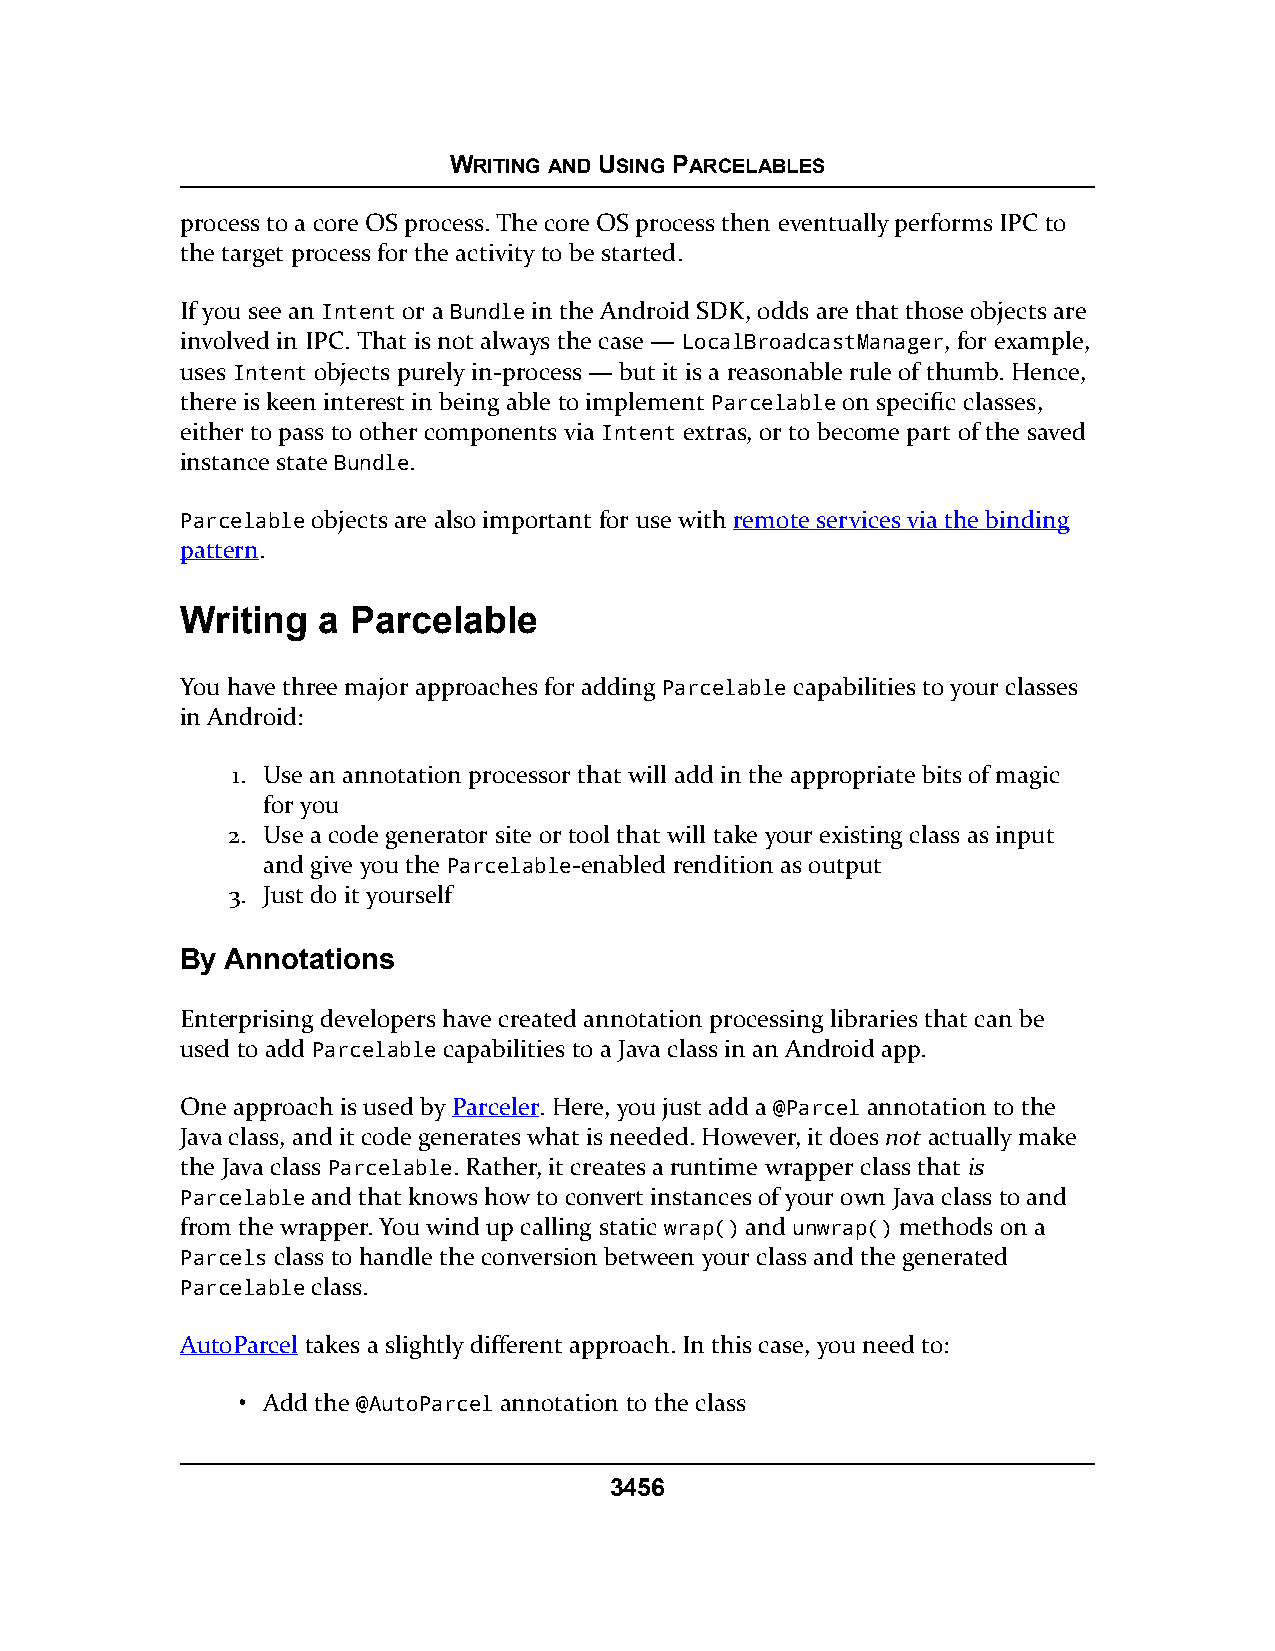
WRITING AND USING PARCELABLES
 process to a core OS process. The core OS process then eventually performs IPC to
 the target process for the activity to be started.
 If you see an Intent or a Bundle in the Android SDK, odds are that those objects are
 involved in IPC. That is not always the case — LocalBroadcastManager, for example,
 uses Intent objects purely in-process — but it is a reasonable rule of thumb. Hence,
 there is keen interest in being able to implement Parcelable on specific classes,
 either to pass to other components via Intent extras, or to become part of the saved
 instance state Bundle.
 Parcelable objects are also important for use with remote services via the binding
 pattern.
 Writing  a Parcelable
 You have three major approaches for adding Parcelable capabilities to your classes
 in Android:
 1. Use an annotation processor that will add in the appropriate bits of magic
 for you
 2. Use a code generator site or tool that will take your existing class as input
 and give you the Parcelable-enabled rendition as output
 3. Just do it yourself
 By Annotations
 Enterprising developers have created annotation processing libraries that can be
 used to add Parcelable capabilities to a Java class in an Android app.
 One approach is used by Parceler. Here, you just add a @Parcel annotation to the
 Java class, and it code generates what is needed. However, it does not actually make
 the Java class Parcelable. Rather, it creates a runtime wrapper class that is
 Parcelable and that knows how to convert instances of your own Java class to and
 from the wrapper. You wind up calling static wrap() and unwrap() methods on a
 Parcels class to handle the conversion between your class and the generated
 Parcelable class.
 AutoParcel takes a slightly different approach. In this case, you need to:
 • Add the @AutoParcel annotation to the class
 3456